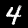
Digit: 4